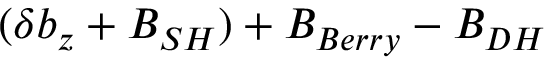
( \delta b _ { z } + B _ { S H } ) + B _ { B e r r y } - B _ { D H }